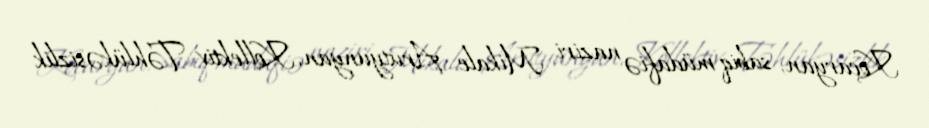
Koçaryan, sabiq müdafiə naziri Mikale Arutyunyan, Kollektiv Təhlükəsizlik